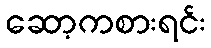
ဆော့ကစားရင်း